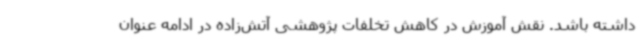
داشته باشد. نقش آموزش در کاهش تخلفات پژوهشی آتش‌زاده در ادامه عنوان